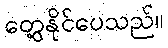
တွေ့နိုင်ပေသည်။